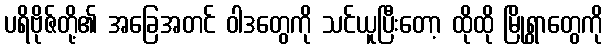
ပရိဗိုဇ်တို့၏ အခြေအတင် ဝါဒတွေကို သင်ယူပြီးတော့ ထိုထို မြို့ရွာတွေကို